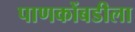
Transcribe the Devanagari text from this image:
पाणकोंबडीला